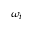
\omega _ { i }